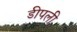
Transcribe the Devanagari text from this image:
डीपली